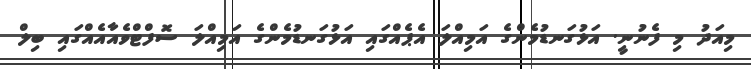
މިއަދު މި ފެނުނީ. އަޅުގަނޑުމެންގެ އަމިއްލަ އެޕެއްގައި އަޅުގަނޑުމެންގެ އަމިއްލަ ސޮފްޓްވެއާއެއްގައި ބިލް